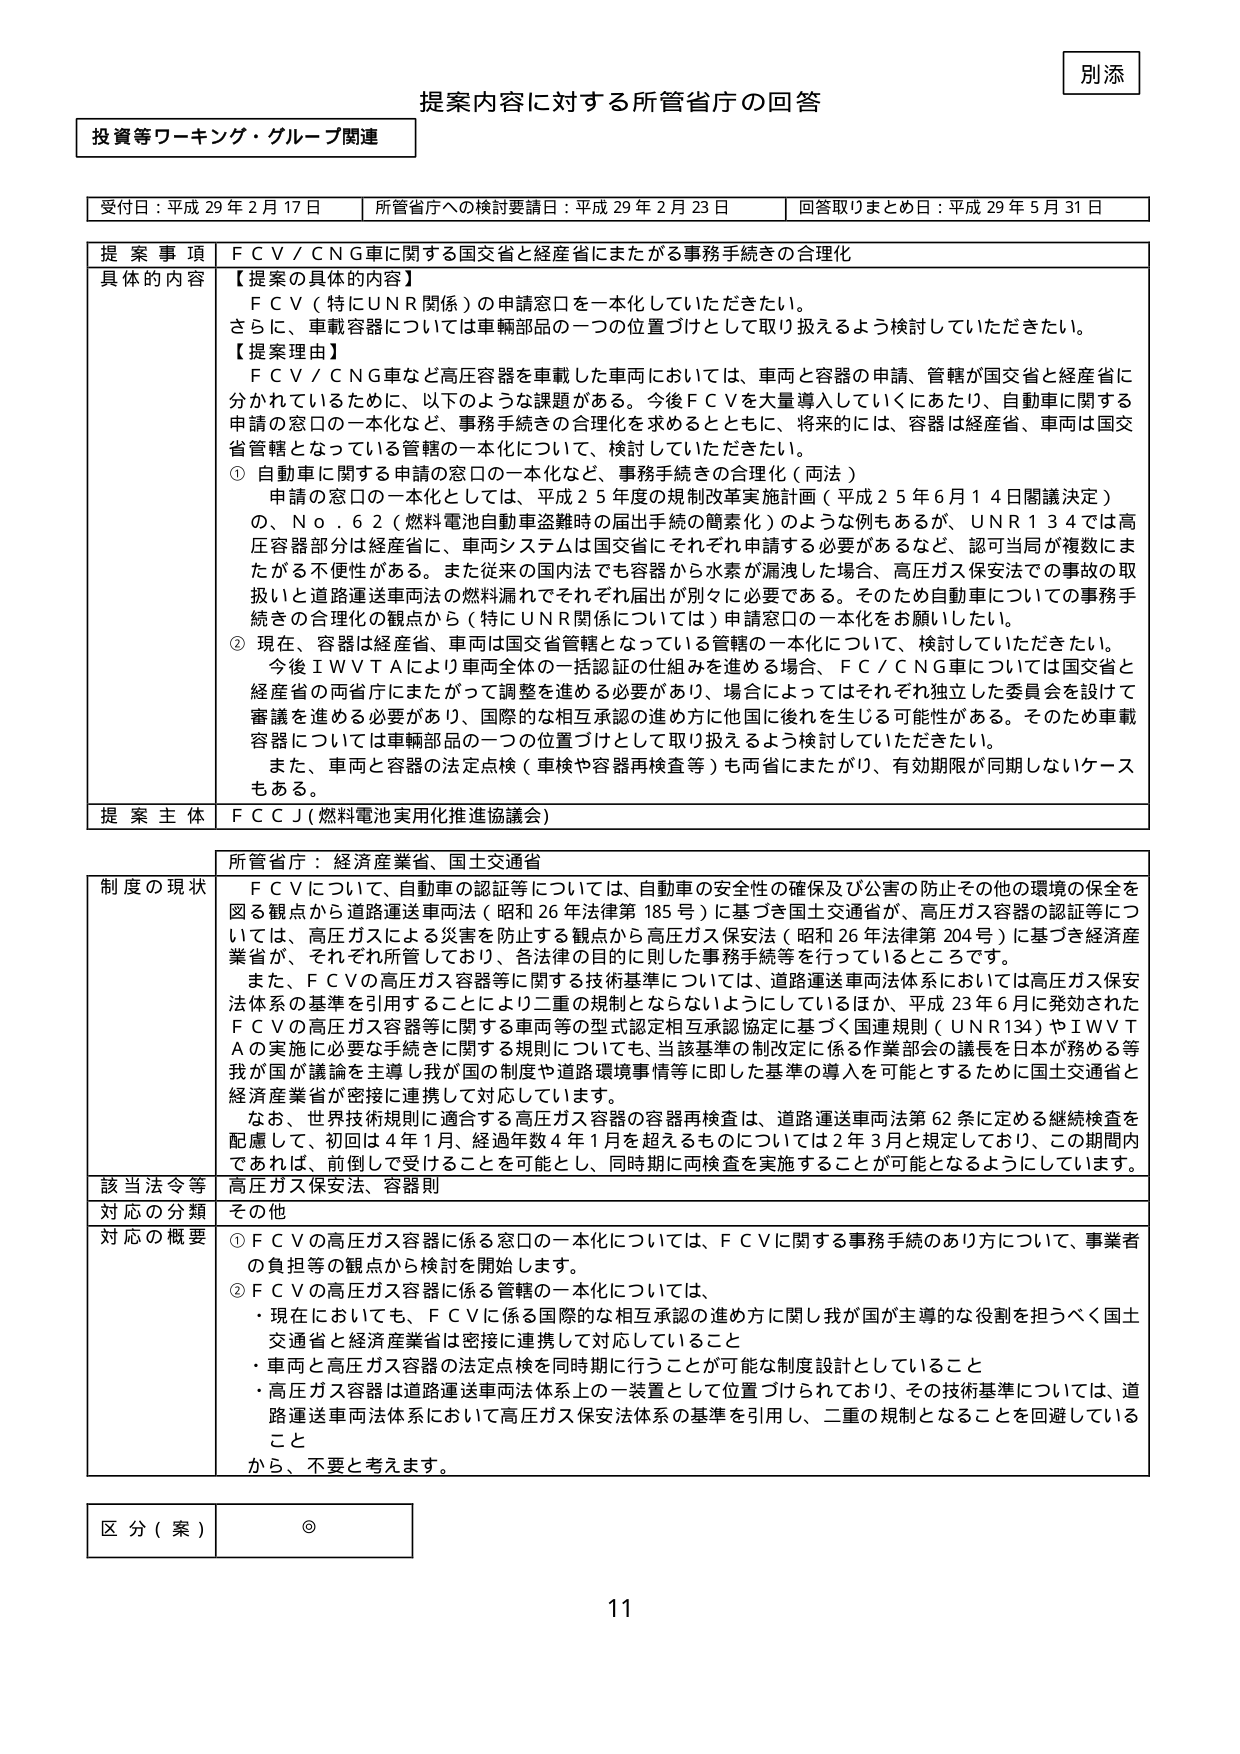
別添

提案内容に対する所管省庁の回答

投資等ワーキング・グループ関連

受付日：平成29年2月17日　　所管省庁への検討要請日：平成29年2月23日　　回答取りまとめ日：平成29年5月31日

提 案 事 項　ＦＣＶ／ＣＮＧ車に関する国交省と経産省にまたがる事務手続きの合理化

具体的な内容　【提案の具体的内容】
ＦＣＶ（特にＵＮＲ関係）の申請窓口を一本化していただきたい。
さらに、車載容器については車輛部品の一つの位置づけとして取り扱えるよう検討していただきたい。
【提案理由】
ＦＣＶ／ＣＮＧ車など高圧容器を車載した車両においては、車両と容器の申請、管轄が国交省と経産省に分かれているために、以下のような課題がある。今後ＦＣＶを大量導入していくにあたり、自動車に関する申請の窓口の一本化など、事務手続きの合理化を求めるとともに、将来的には、容器は経産省、車両は国交省管轄となっている管轄の一本化について、検討していただきたい。
① 自動車に関する申請の窓口の一本化など、事務手続きの合理化（両省）
　申請の窓口の一本化としては、平成25年度の規制改革実施計画（平成25年6月14日閣議決定）の、Ｎｏ．６２（燃料電池自動車盗難時の届出手続の簡素化）のような例もあるが、ＵＮＲ１３４では高圧容器部分は経産省に、車両システムは国交省にそれぞれ申請する必要があるなど、認可当局が複数にまたがる不便性がある。また従来の国内法でも容器から水素が漏洩した場合、高圧ガス保安法での事故の取扱いと道路運送車両法の燃料漏れでそれぞれ届出が別々に必要である。そのため自動車についての事務手続きの合理化の観点から（特にＵＮＲ関係については）申請窓口の一本化をお願いしたい。
② 現在、容器は経産省、車両は国交省管轄となっている管轄の一本化について、検討していただきたい。
　今後ＩＷＶＴＡにより車両全体の一括認証の仕組みを進める場合、ＦＣ／ＣＮＧ車については国交省と経産省の両省庁にまたがって調整を進める必要があり、場合によってはそれぞれ独立した委員会を設けて審議を進める必要があり、国際的な相互承認の進め方に他国に後れを生じる可能性がある。そのため車載容器については車輛部品の一つの位置づけとして取り扱えるよう検討していただきたい。
　また、車両と容器の法定点検（車検や容器再検査等）も両省にまたがり、有効期限が同期しないケースもある。

提 案 主 体　ＦＣＣＪ（燃料電池実用化推進協議会）

所管省庁：経済産業省、国土交通省

制度の現状　ＦＣＶについて、自動車の認証等については、自動車の安全性の確保及び公害の防止その他の環境の保全を図る観点から道路運送車両法（昭和26年法律第185号）に基づき国土交通省が、高圧ガス容器の認証等については、高圧ガスによる災害を防止する観点から高圧ガス保安法（昭和26年法律第204号）に基づき経済産業省が、それぞれ所管しており、各法律の目的に則した事務手続等を行っているところです。
　また、ＦＣＶの高圧ガス容器等に関する技術基準については、道路運送車両法体系においては高圧ガス保安法体系の基準を引用することにより二重の規制とならないようにしているほか、平成23年6月に発効されたＦＣＶの高圧ガス容器等に関する車両等の型式認定相互承認協定に基づく国連規則（ＵＮＲ134）やＩＷＶＴＡの実施に必要な手続きに関する規則についても、当該基準の制定定に係る作業部会の議長を日本が務める等我が国が議論を主導し我が国の制度や道路環境事情等に即した基準の導入を可能とするために国土交通省と経済産業省が密接に連携して対応しています。
　なお、世界技術規則に適合する高圧ガス容器の容器再検査は、道路運送車両法第62条に定める継続検査を配慮して、初回は4年1月、経過年数4年1月を超えるものについては2年3月と規定しており、この期間内であれば、前倒しで受けることを可能とし、同時期に両検査を実施することが可能となるようにしています。

該当法令等　高圧ガス保安法、容器則

対応の分類　その他

対応の概要　①ＦＣＶの高圧ガス容器に係る窓口の一本化については、ＦＣＶに関する事務手続のあり方について、事業者の負担等の観点から検討を開始します。
　②ＦＣＶの高圧ガス容器に係る管轄の一本化については、
　・現在においても、ＦＣＶに係る国際的な相互承認の進め方に関し我が国が主導的な役割を担うべく国土交通省と経済産業省は密接に連携して対応していること
　・車両と高圧ガス容器の法定点検を同時期に行うことが可能な制度設計としていること
　・高圧ガス容器は道路運送車両法体系上のー装置として位置づけられており、その技術基準については、道路運送車両法体系において高圧ガス保安法体系の基準を引用し、二重の規制となることを回避していること
　から、不要と考えます。

区 分（案）　◎

11